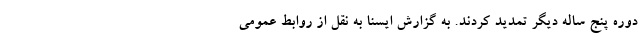
دوره پنج ساله دیگر تمدید کردند. به گزارش ایسنا به نقل از روابط عمومی